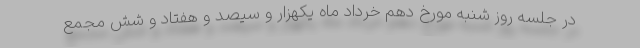
در جلسه روز شنبه مورخ دهم خرداد ماه یکهزار و سیصد و هفتاد و شش مجمع